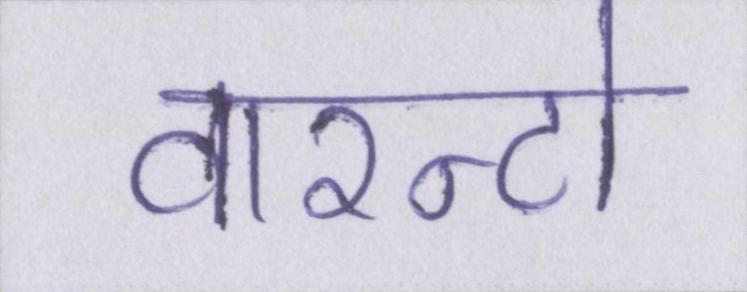
वारन्टो